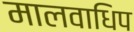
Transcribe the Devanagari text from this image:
मालवाधिप